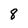
Character: 8